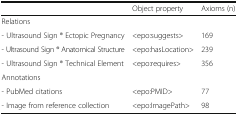
<table><thead><tr><td></td><td><b>Object property</b></td><td><b>Axioms (n)</b></td></tr></thead><tbody><tr><td colspan="3">Relations</td></tr><tr><td>- Ultrasound Sign ® Ectopic Pregnancy</td><td>&lt;epo:suggests&gt;</td><td>169</td></tr><tr><td>- Ultrasound Sign ® Anatomical Structure</td><td>&lt;epo:hasLocation&gt;</td><td>239</td></tr><tr><td>- Ultrasound Sign ® Technical Element</td><td>&lt;epo:requires&gt;</td><td>356</td></tr><tr><td colspan="3">Annotations</td></tr><tr><td>- PubMed citations</td><td>&lt;epo:PMID&gt;</td><td>77</td></tr><tr><td>- Image from reference collection</td><td>&lt;epo:ImagePath&gt;</td><td>98</td></tr></tbody></table>